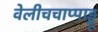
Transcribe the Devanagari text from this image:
वेलीचचाप्पाड्डू